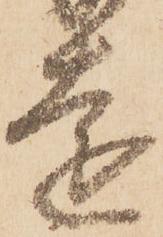
遠